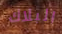
البلاك